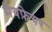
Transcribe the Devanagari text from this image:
मेयफ़ेयर